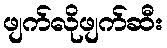
ဖျက်လိုဖျက်ဆီး